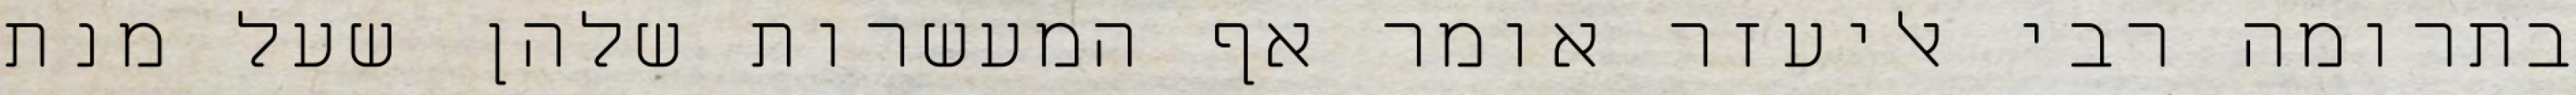
בתרומה רבי אליעזר אומר אף המעשרות שלהן שעל מנת